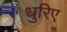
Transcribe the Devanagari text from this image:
धुरिए